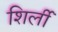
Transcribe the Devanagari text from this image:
शिर्ली